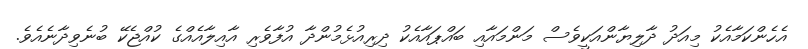
އެހެންކަމާއެކު މިއަދު ދާލިޔާންއަކީވެސް މަންމައާއި ބައްޕައާއެކު ދިރިއުޅެމުންދާ އުފާވެރި އާއިލާއެއްގެ ކުއްޖެކޭ ބުނެވިދާނެއެވެ.